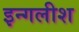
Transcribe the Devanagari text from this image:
इन्गलीश